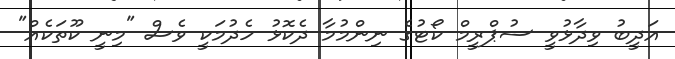
އަދީބު ވިދާޅުވީ ސުޕްރީމް ކޯޓުގެ ނިންމުމާ ދެކޮޅު ހެދުމަކީ ވެސް "މިނީ ކޫތަކެއް"